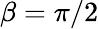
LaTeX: \beta=\pi/2